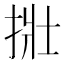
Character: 𪭿